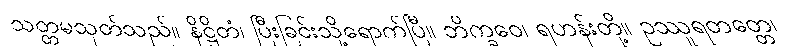
သတ္တမသုတ်သည်။ နိဋ္ဌိတံ၊ ပြီးခြင်းသို့ရောက်ပြီ။ ဘိက္ခဝေ၊ ရဟန်းတို့။ ဥဿူရတတ္တေ၊